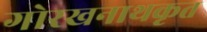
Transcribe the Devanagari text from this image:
गोरखनाथकृत